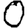
Digit: 0